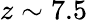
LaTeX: z\sim 7.5